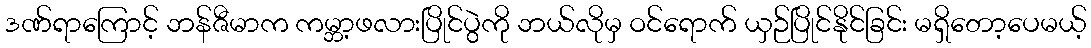
ဒဏ်ရာကြောင့် ဘန်ဇီမာက ကမ္ဘာ့ဖလားပြိုင်ပွဲကို ဘယ်လိုမှ ဝင်ရောက် ယှဉ်ပြိုင်နိုင်ခြင်း မရှိတော့ပေမယ့်